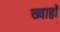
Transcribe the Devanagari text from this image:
ख्वाहाॅ